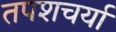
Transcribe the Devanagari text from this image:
तपशचर्या